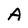
Character: A